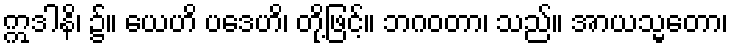
ဣဒါနိ၊ ၌။ ယေဟိ ပဒေဟိ၊ တို့ဖြင့်။ ဘဂဝတာ၊ သည်။ အာယသ္မတော၊